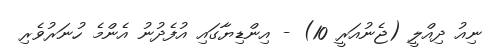
ނިއު ދިއްލީ (ޖެނުއަރީ 10) - އިންޑިޔާގައި އުފެދުނު އެންމެ ހުނަރުވެރި